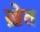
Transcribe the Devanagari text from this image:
ख़ेत